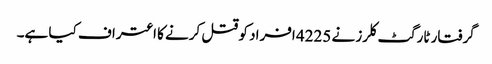
گرفتار ٹارگٹ کلرز نے 4225 افراد کو قتل کرنے کا اعتراف کیا ہے۔